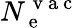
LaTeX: N_{\mathrm{~e~}}^{\mathrm{~v~a~c~}}